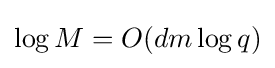
\log M=O(dm\log q)